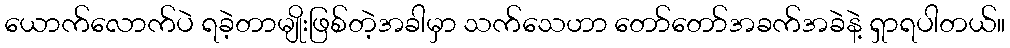
ယောက်လောက်ပဲ ရခဲ့တာမျိုးဖြစ်တဲ့အခါမှာ သက်သေဟာ တော်တော်အခက်အခဲနဲ့ ရှာရပါတယ်။